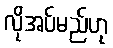
လိုအပ်မည်ဟု